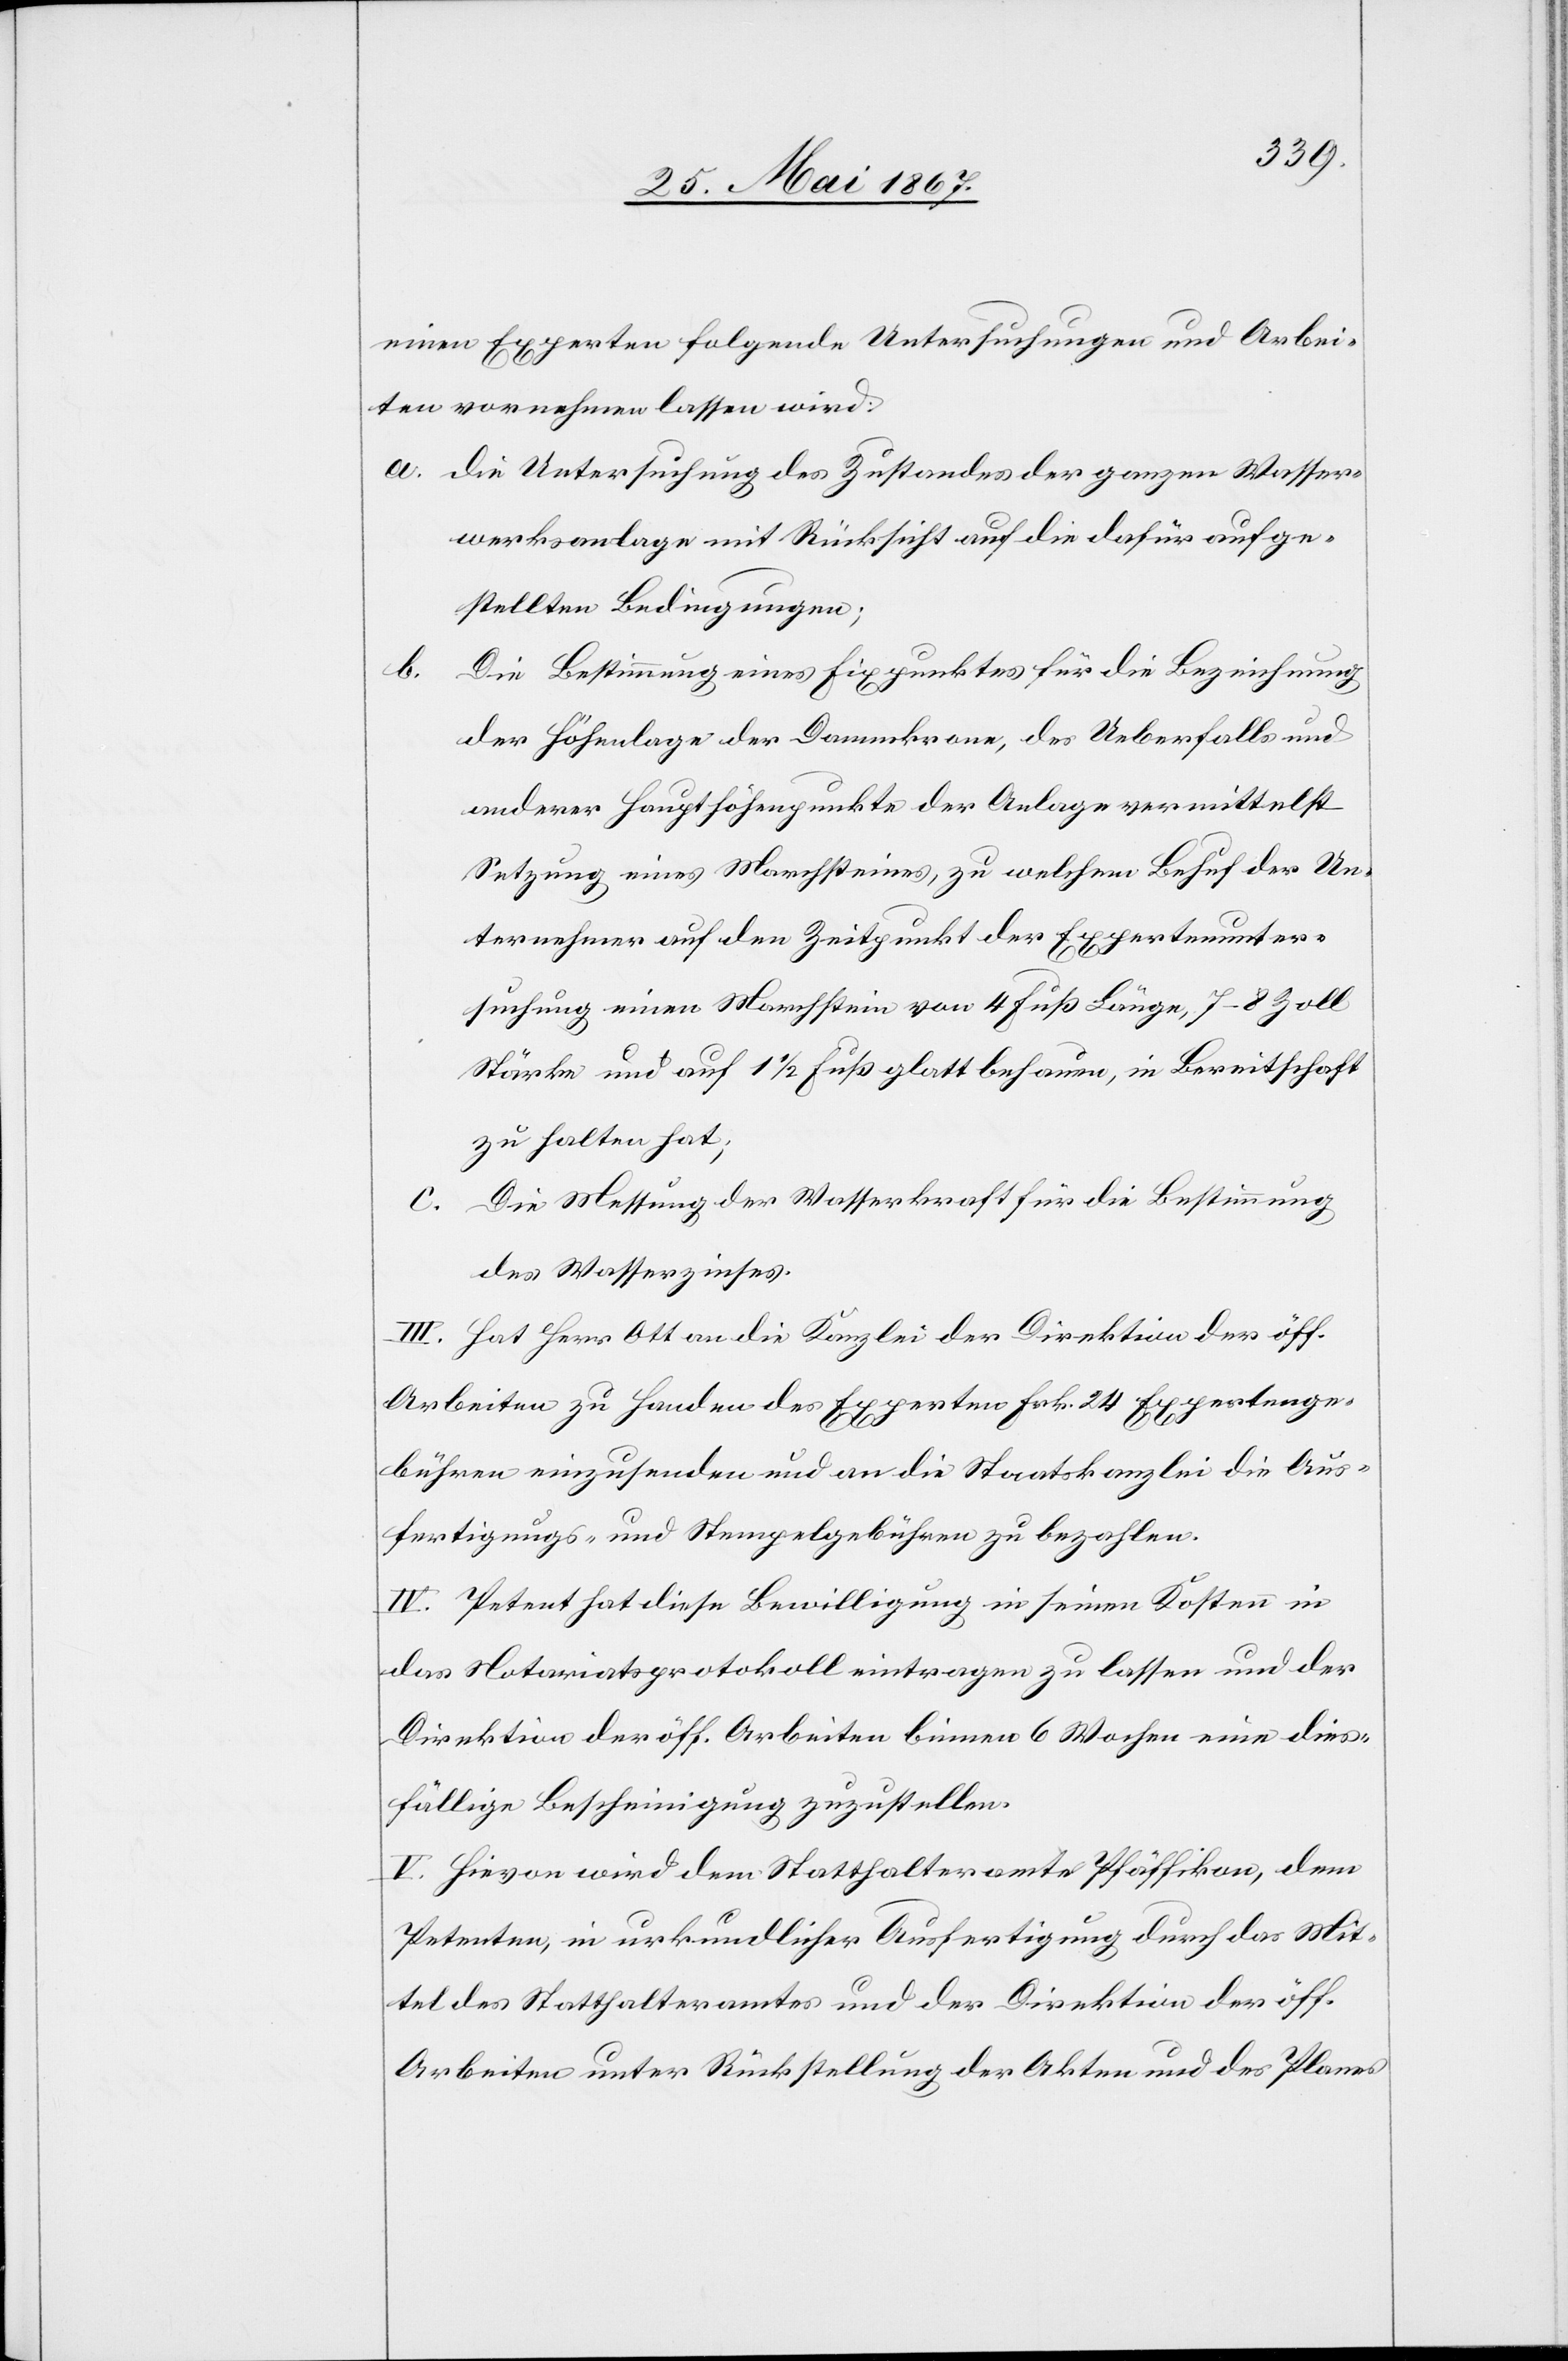
einen Experten folgende Untersuchungen und Arbei¬
ten vornehmen lassen wird:
a.	die Untersuchung des Zustandes der ganzen Wasser¬
werksanlage mit Rücksicht auf die dafür aufge¬
stellten Bedingungen;
b.	Die Bestimmung eines Fixpunktes für die Bezeichnung
der Höhenlage der Dammkrone, des Ueberfalls und
anderer Haupthöhenpunkte der Anlage vermittelst
Setzung eines Marchsteines, zu welchem Behuf der Un¬
ternehmer auf den Zeitpunkt der Expertenunter¬
suchung einen Marchstein von 4 Fuß Länge, 7–8 Zoll
Stärke und auf 11/2 Fuß glatt behauen, in Bereitschaft
zu halten hat;
c.	Die Messung der Wasserkraft für die Bestimmung
des Wasserzinses.
III. Hat Herr Ott an die Kanzlei der Direktion der öff.
Arbeiten zu Handen des Experten Frk. 24 Expertenge¬
bühren einzusenden und an die Staatskanzlei die Aus¬
fertigungs- und Stempelgebühren zu bezahlen.
IV. Petent hat diese Bewilligung in seinen Kosten in
das Notariatsprotokoll eintragen zu lassen und der
Direktion der öff. Arbeiten binnen 6 Wochen eine dies¬
fällige Bescheinigung zuzustellen.
V. Hievon wird dem Statthalteramt Pfäffikon, dem
Petenten, in urkundlicher Ausfertigung durch das Mit¬
tel des Statthalteramtes und der Direktion der öff.
Arbeiten unter Rückstellung der Akten und des Planes